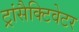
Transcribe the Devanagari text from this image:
ट्रांसैक्टिवेटर